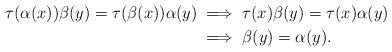
LaTeX: \begin{align*}\tau(\alpha(x))\beta(y) = \tau(\beta(x))\alpha(y) & \implies \tau(x)\beta(y) = \tau(x)\alpha(y) \\& \implies \beta(y) = \alpha(y). \end{align*}